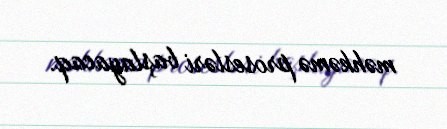
məhkəmə prosesləri başlayacaq.